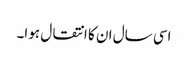
اسی سال ان کا انتقال ہوا۔